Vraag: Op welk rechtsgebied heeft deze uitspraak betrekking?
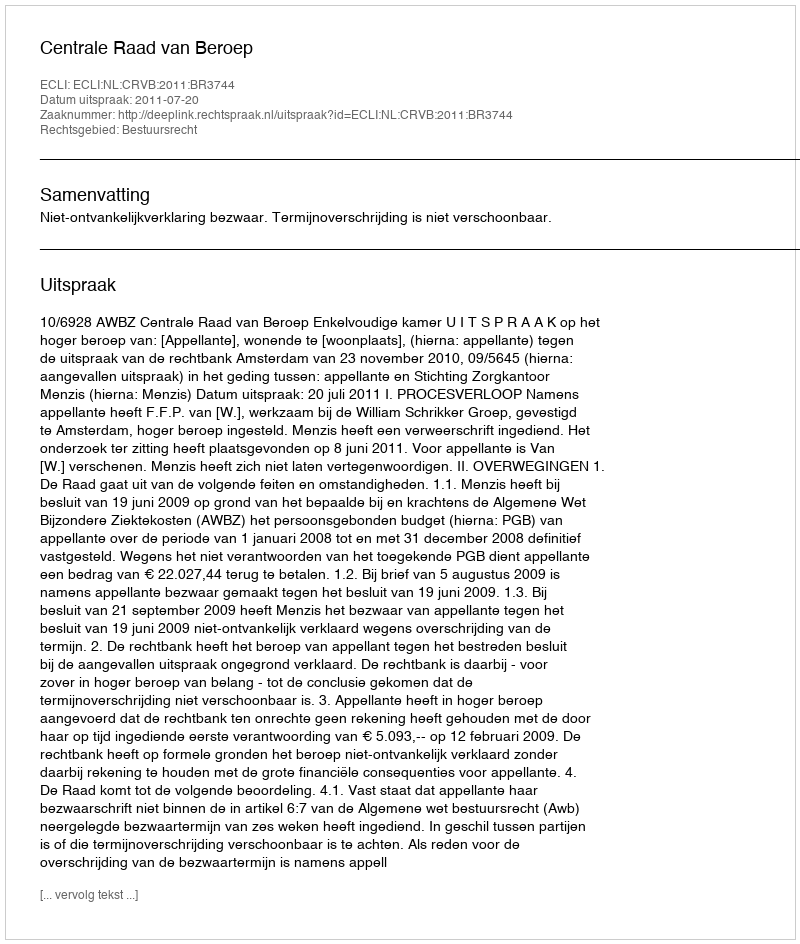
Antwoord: Bestuursrecht